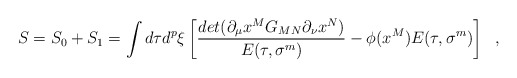
\begin{align*} S=S_0+S_1 = \int d\tau d^{p}\xi\left[{det(\partial_\mu x^M G_{MN} \partial_\nu x^N)\over E(\tau,\sigma^m)} -{\phi(x^M)} E (\tau,\sigma^m)\right]~~,\end{align*}